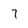
Character: 7